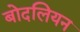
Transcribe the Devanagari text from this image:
बोदलियन